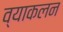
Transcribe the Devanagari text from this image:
व्याकलन